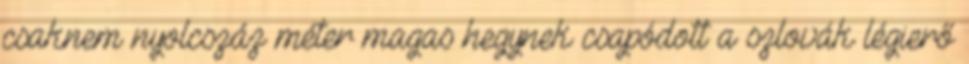
csaknem nyolcszáz méter magas hegynek csapódott a szlovák légierő